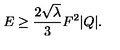
E \ge { \frac { 2 \sqrt { \lambda } } { 3 } } F ^ { 2 } | Q | .